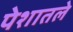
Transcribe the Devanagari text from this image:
पेशातले